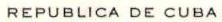
REPUBLICA DE CUBA